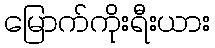
မြောက်ကိုးရီးယား